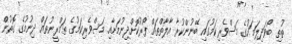
ތުތި ބޯވަދިލަމަހުގެ މަސްވެރިކަމުގައި ބޭނުންކުރާ އާލާތްތައް ފޯރުކޮށްދިނުމަށާއި މަސްވެރިކަމުގެ ތަމްރީނުތައް ދިނުމުގެ ގޮތުން